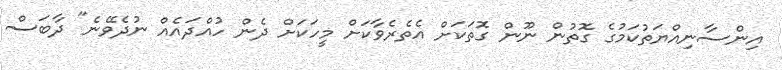
އިންސާނިއްޔަތުކަމުގެ ގޮތުން ނޫން ގޮތަކަށް އެތެރެވާކަށް މީހަކަށް ދެން ހުއްދައެއް ނުދެވޭނެ" ދާބަސް